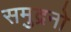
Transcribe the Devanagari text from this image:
समुद्रनो